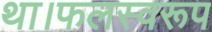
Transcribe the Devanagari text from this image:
था।फलस्वरूप